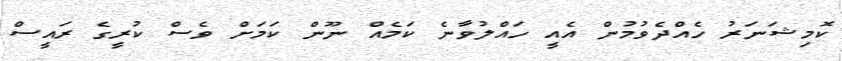
ކޮމިޝަނަރު ހެއްދެވުމުން އެއީ ހައްލުވާނެ ކަމެއް ނޫން ކަމަށް ވެސް ކުރީގެ ރައީސް